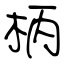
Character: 柄